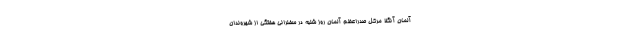
آلمان آنگلا مرکل صدراعظم آلمان روز شنبه در سخنرانی هفتگی از شهروندان